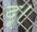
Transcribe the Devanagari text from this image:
दू।